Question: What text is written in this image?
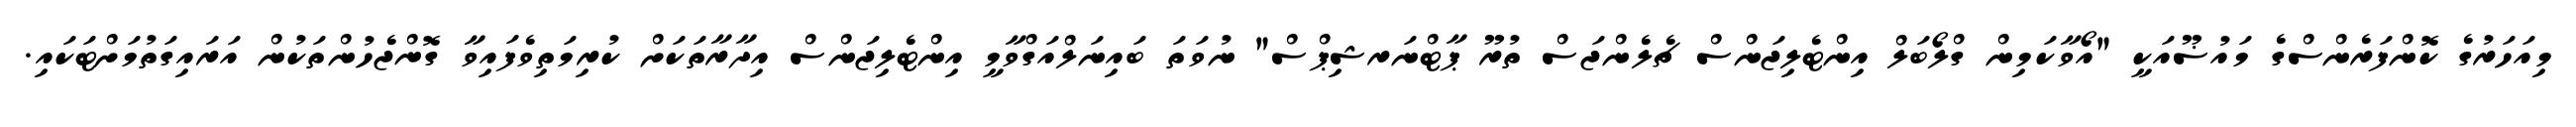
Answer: މިއަހަރުގެ ކޮންފަރެންސްގެ މައުޟޫއަކީ "އޯވާކަމިން ގްލޯބަލް އިންޓެލިޖަންސް ޗެލެންޖަސް ތުރޫ ޕާޓްނަރޝިޕްސް" ނުވަތަ ބައިނަލްއަގްވާމީ އިންޓެލިޖަންސް އިދާރާތަކަށް ކުރިމަތިވެފައިވާ ގޮންޖެހުންތަކުން އަރައިގަތުމަށްޓަކައި.